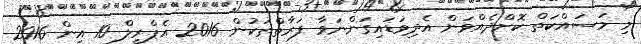
މި މަސައްކަތް ކޮށްދެއްވަން އެދިވަޑައިގަންނަވާ ފަރާތްތަކުން 2016 އެޕްރީލް 10 އިން 2016